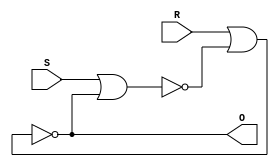
// Izzy Ehnes
// DQ4.v -- array of 4 DQ F/F
// Version: Icarus Verilog v. 11.0
// Compile: $ iverilog -o DQ4 DQ4.v
// Run: $ vvp DQ4

module SR(S, R, O);
    input S, R;
    output O;

    wire top, bot;

    nor(top, S, bot);
    nor(bot, R, top);

    assign #1 O = bot;
endmodule

module DQ(D, en, Q);
    input D, en;
    output Q;

    SR SR0((D & en), (en & ~D), Q);
endmodule

module DQ4(D, en, Q);
    input en;
    input [0:3] D;
    output [0:3] Q;

    DQ myDQ0(D[0], en, Q[0]);
    DQ myDQ1(D[1], en, Q[1]);
    DQ myDQ2(D[2], en, Q[2]);
    DQ myDQ3(D[3], en, Q[3]);
endmodule

module TestMod;
   reg [0:3] D;
   reg en;
   wire [0:3] Q;

   DQ4 myDQ4(D, en, Q);

   initial begin
      $monitor("%4d  %b  %b  %b", $time, D, en, Q);
      $display("Time  D...  en Q...");
      $display("----  ----  -  ----");
   end

   always begin
      #1; D = 4'b0000; #1; en = 1; #1; en = 0; #1;
      #1; D = 4'b0001; #1; en = 1; #1; en = 0; #1;
      #1; D = 4'b0010; #1; en = 1; #1; en = 0; #1;
      #1; D = 4'b0011; #1; en = 1; #1; en = 0; #1;
      #1; D = 4'b0100; #1; en = 1; #1; en = 0; #1;
      #1; D = 4'b0101; #1; en = 1; #1; en = 0; #1;
      #1; D = 4'b0110; #1; en = 1; #1; en = 0; #1;
      #1; D = 4'b0111; #1; en = 1; #1; en = 0; #1;
      #1; D = 4'b1000; #1; en = 1; #1; en = 0; #1;
      #1; D = 4'b1001; #1; en = 1; #1; en = 0; #1;
      #1; D = 4'b1010; #1; en = 1; #1; en = 0; #1;
      #1; D = 4'b1011; #1; en = 1; #1; en = 0; #1;
      #1; D = 4'b1100; #1; en = 1; #1; en = 0; #1;
      #1; D = 4'b1101; #1; en = 1; #1; en = 0; #1;
      #1; D = 4'b1110; #1; en = 1; #1; en = 0; #1;
      #1; D = 4'b1111; #1; en = 1; #1; en = 0; #1;
   end

   initial #69 $finish;
endmodule